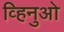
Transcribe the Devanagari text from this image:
व्हिनुओ